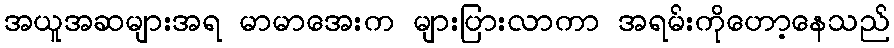
အယူအဆများအရ မာမာအေးက များပြားလာကာ အရမ်းကိုဟော့နေသည်